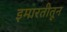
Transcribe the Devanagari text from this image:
इमारतीतून